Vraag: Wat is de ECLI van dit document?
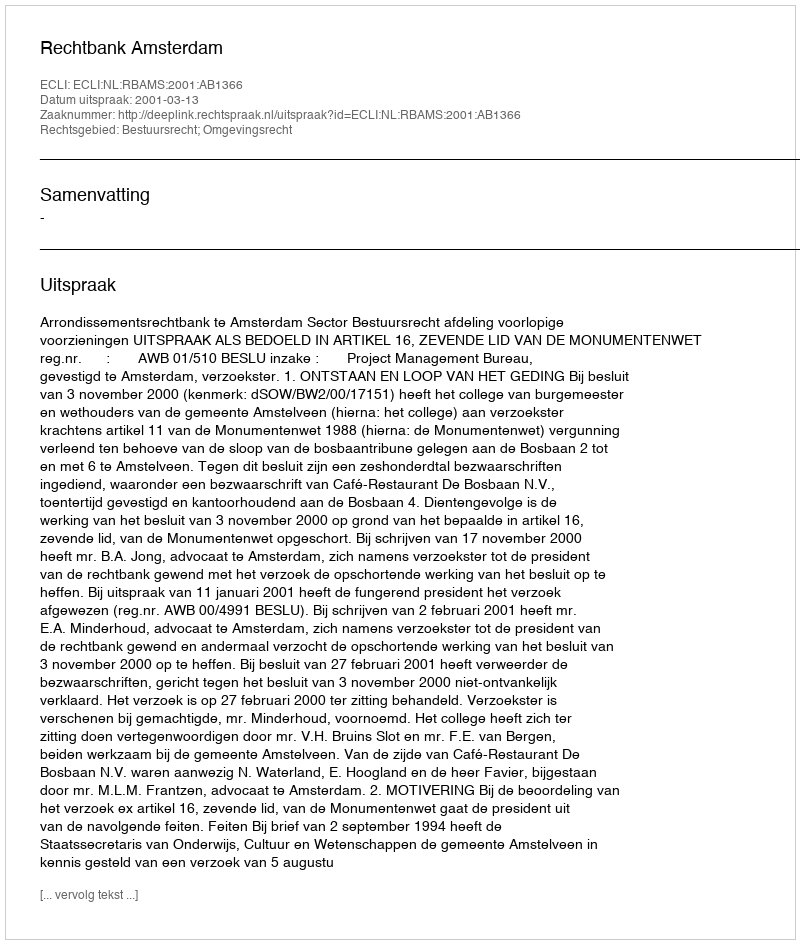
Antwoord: ECLI:NL:RBAMS:2001:AB1366